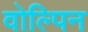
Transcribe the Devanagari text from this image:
वोल्पिन